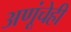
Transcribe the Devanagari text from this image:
अणूंचेही